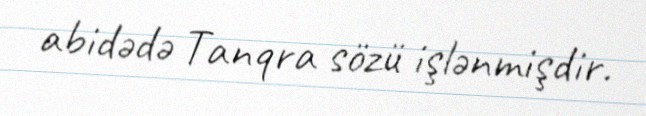
abidədə Tanqra sözü işlənmişdir.